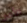
الأمر